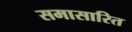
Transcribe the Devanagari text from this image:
समासारित